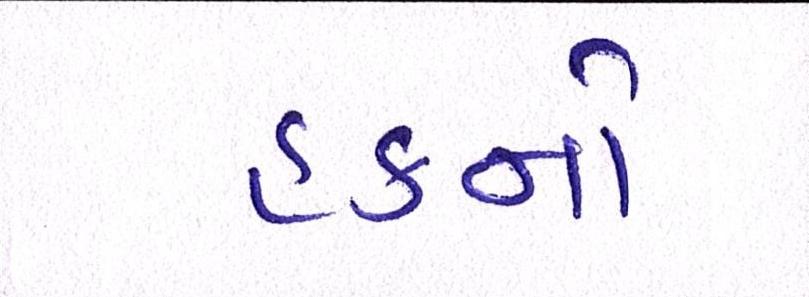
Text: હકનો